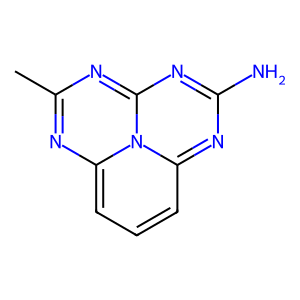
SMILES: Cc1nc2cccc3nc(N)nc(n1)-n-2-3
Inhibits HIV replication: No